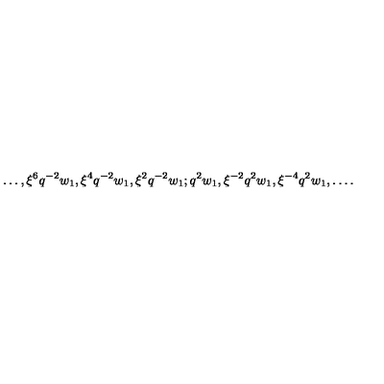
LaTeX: \ldots , \xi ^ { 6 } q ^ { - 2 } w _ { 1 } , \xi ^ { 4 } q ^ { - 2 } w _ { 1 } , \xi ^ { 2 } q ^ { - 2 } w _ { 1 } ; q ^ { 2 } w _ { 1 } , \xi ^ { - 2 } q ^ { 2 } w _ { 1 } , \xi ^ { - 4 } q ^ { 2 } w _ { 1 } , \ldots .